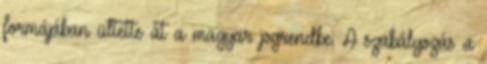
formájában ültette át a magyar jogrendbe. A szabályozás a